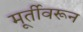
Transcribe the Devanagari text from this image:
मूर्तीवरून